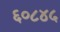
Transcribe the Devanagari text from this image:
६०८४५